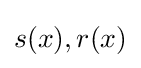
s(x),r(x)